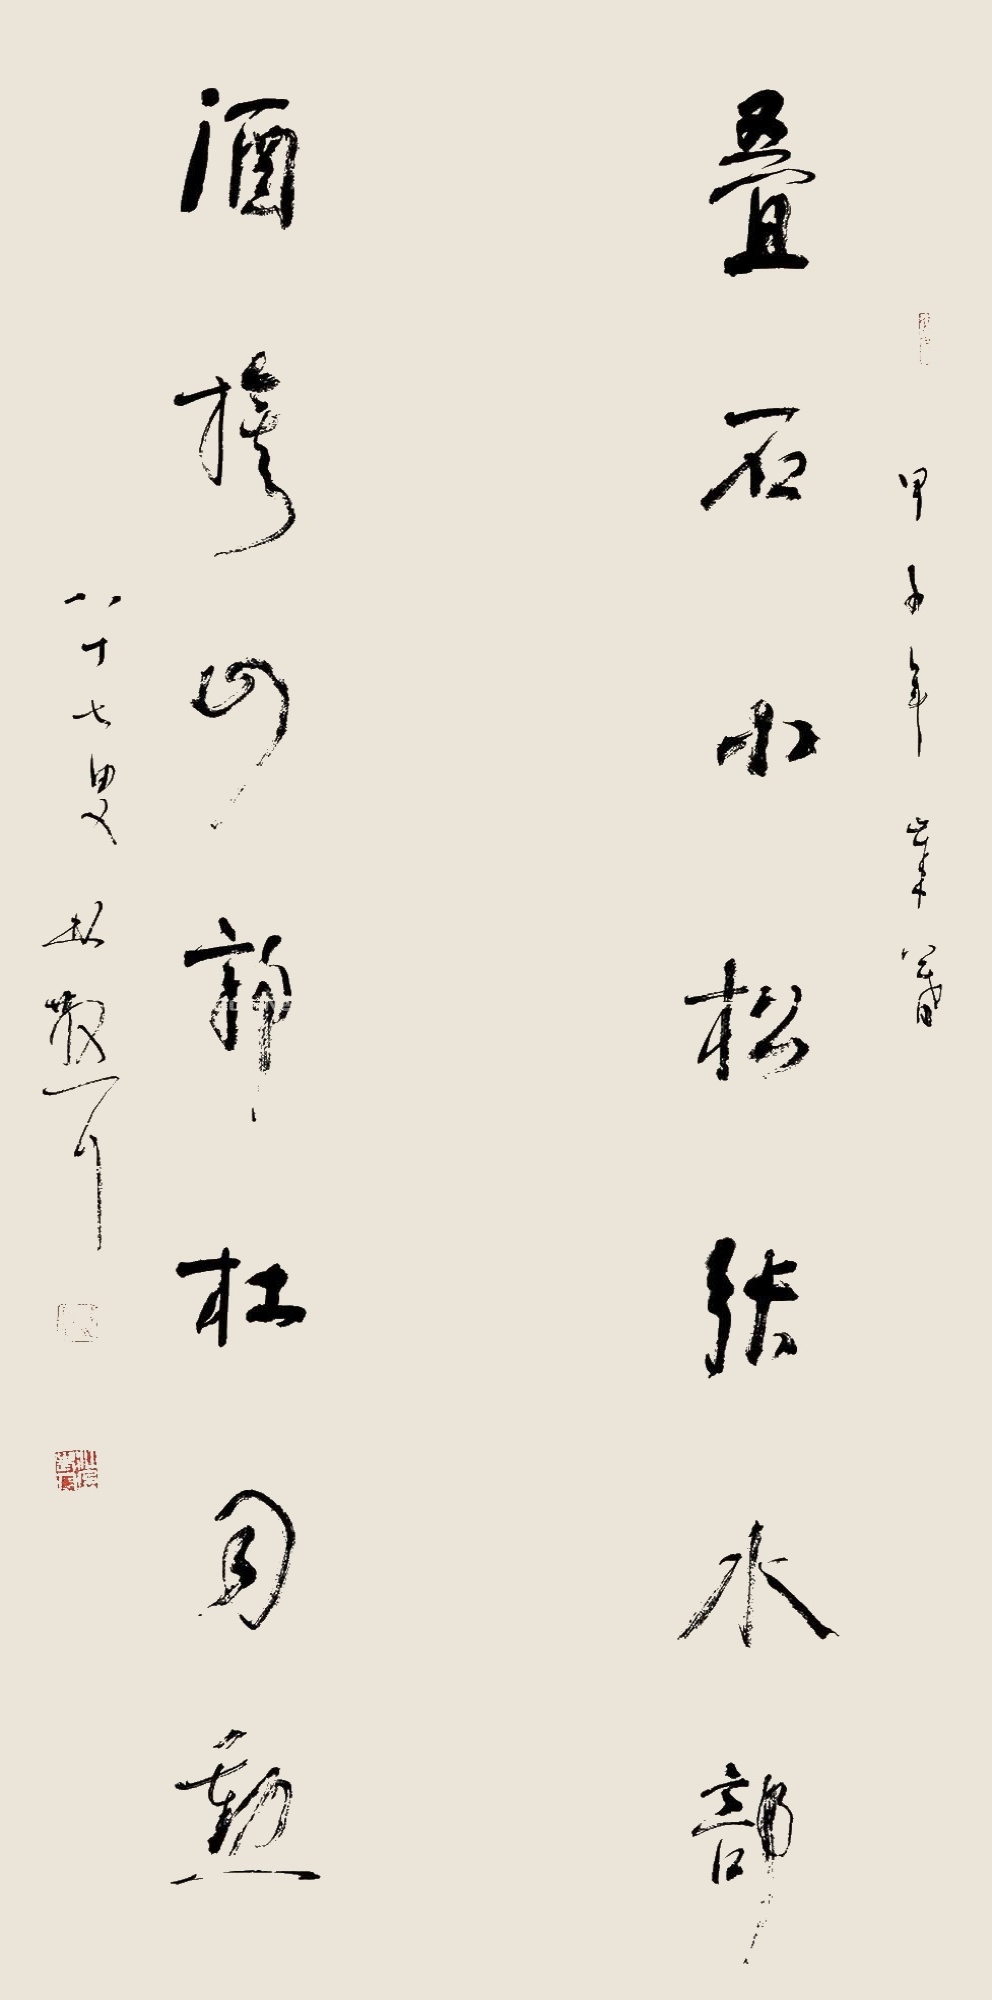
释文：叠石小松张水部，酒旗山郭杜司勋。甲子年岁暮，八十七叟林散耳。